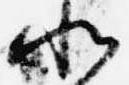
北